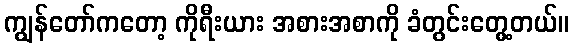
ကျွန်တော်ကတော့ ကိုရီးယား အစားအစာကို ခံတွင်းတွေ့တယ်။